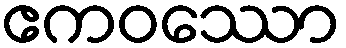
ဧကဝဿော